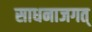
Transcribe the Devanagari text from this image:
साधनाजगत्